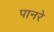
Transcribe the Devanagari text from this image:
पानरे